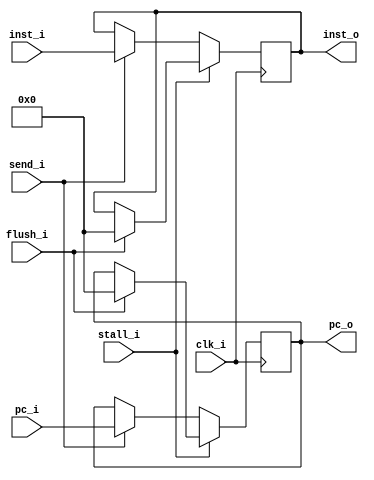
module IF_ID
(
 	send_i, 		// from hazrd_detect ( IF_ID_o )
	clk_i,
	inst_i,
	pc_i,
	flush_i,
	inst_o,
	pc_o,
	stall_i
);

input send_i, clk_i, flush_i;
input[31:0] inst_i, pc_i;
input stall_i;

output reg[31:0] inst_o, pc_o;

always@(posedge clk_i ) begin
	if(flush_i == 1) begin
		inst_o <= 32'b0;
		pc_o <= 32'b0;
	end
	if(stall_i == 1'b1) begin
	end

	else if(send_i == 0) begin
		inst_o <= inst_o;
		pc_o <= pc_o;
	end
	else begin
		inst_o <= inst_i;
		pc_o <= pc_i;
	end
	
end

endmodule